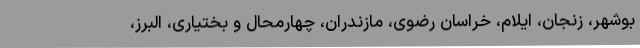
بوشهر، زنجان، ایلام، خراسان رضوی، مازندران، چهارمحال و بختیاری، البرز،